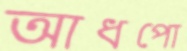
আধপো